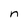
Character: n